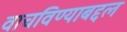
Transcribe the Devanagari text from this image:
वाचविण्याबद्दल